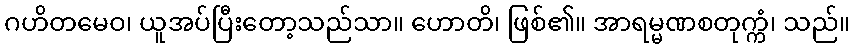
ဂဟိတမေဝ၊ ယူအပ်ပြီးတော့သည်သာ။ ဟောတိ၊ ဖြစ်၏။ အာရမ္မဏစတုက္ကံ၊ သည်။